Report on malaria in the Punjab during the year ...  together with an account of the work of the Punjab Malaria Bureau - Volume 3
Disease focus: Malaria
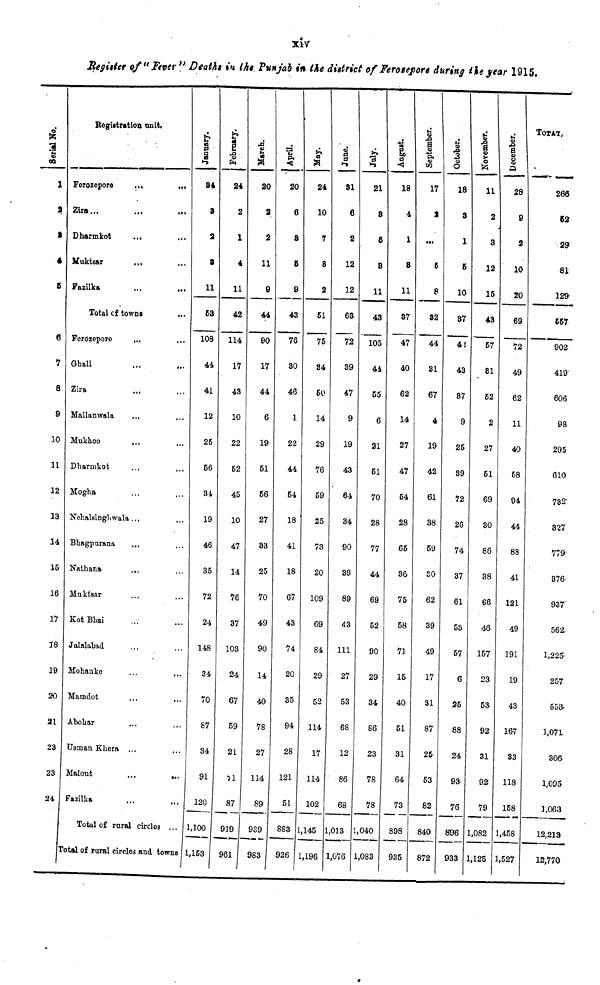
xiv
Register of "Fever" Deaths in the Punjab in the district of Ferozepore during the year 1915.
Serial No.
1
2
a
4
S
e
7
8
9
10
11
12
13
14
15
16
17
18
19
20
21
23
23
24
Registration unit.
Ferozeporo
...
...
Zirs...
Dharmkot
...
Muktsar
Fazilka
Total of towns
...
Ferozepore
...
Ghall
Zira
Mallanwala
,.,
Mukhoo
...
Dharmkot
Mogha
Nehalsinghwala ...
Bhagpurana
Nathana
...
Muktsar
Kot Bhai
Jalalabad
Mohanke
Mamdot
Abohar
Usman Khera ...
...
Malout
...
...
Fazilka
Total of rural circleä ...
Total of rural circles and towns
January.
84
3
a
8
11
53
108
44
41
12
26
56
34
19
46
35
72
24
148
34
70
87
34
91
120
1,100
1,153
February.
24
2
1
4
11
42
114
17
43
10
22
52
45
10
47
14
76
37
103
24
67
59
21
11
87
919
961
March.
20
a
2
11
9
44
90
17
44
6
19
51
56
27
33
25
70
49
90
14
40
78
27
114
89
939
983
April.
20
6
8
5
9
43
76
30
46
1
22
44
54
18
41
18
67
43
74
20
35
94
28
121
51
883
926
May.
24
10
7
8
2
51
75
84
60
14
29
76
59
25
73
20
109
69
84
29
52
114
17
114
102
1,145
1,196
June.
31
6
2
12
12
63
72
39
47
9
19
43
64
34
90
39
89
43
111
27
53
68
12
86
68
1,013
l,076
July.
21
8
6
8
11
43
105
44
55
6
21
61
70
28
77
44
69
52
90
29
34
86
23
78
78
1,040
1,083
August.
18
4
1
8
11
37
47
40
62
14
27
47
54
28
65
36
75
58
71
15
40
51
31
64
73
898
935
September.
17
1
...
6
8
82
44
31
67
4
19
42
61
38
59
30
62
39
49
17
31
87
25
53
82
840
872
October.
18
3
1
5
10
37
4i
43
37
9
25
39
72
26
74
37
61
53
57
6
25
88
24
93
76
896
933
November.
11
2
8
12
15
43
57
81
52
2
27
51
69
30
86
38
66
46
157
23
53
92
31
92
79
1,082
1,125
December.
28
9
2
10
20
69
72
49
62
11
40
58
94
44
88
41
121
49
191
19
43
167
33
118
158
1,458
1,527
TOTAL.
266
63
29
81
129
667
902
419
606
93
295
610
782
327
779
376.
937'
562
1,225
257
55a-
1,071
306
1,095
],063
12,213
12,770